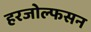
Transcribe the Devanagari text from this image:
हरजोल्फसन